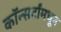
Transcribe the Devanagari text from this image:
कॉन्सर्टांंमधून